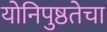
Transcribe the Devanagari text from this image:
योनिपुष्ठतेचा